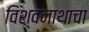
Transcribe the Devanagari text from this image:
विश्वनाथाचा